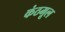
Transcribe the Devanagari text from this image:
कंठमूल